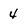
Character: 4